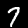
Label: 7